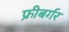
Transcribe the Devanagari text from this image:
फ्रीबर्गर